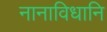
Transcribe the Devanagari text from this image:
नानाविधानि